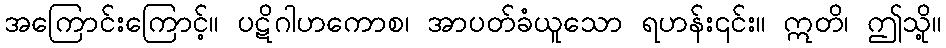
အကြောင်းကြောင့်။ ပဋိဂါဟကောစ၊ အာပတ်ခံယူသော ရဟန်း၎င်း။ ဣတိ၊ ဤသို့။